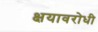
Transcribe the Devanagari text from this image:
क्षयावरोधी